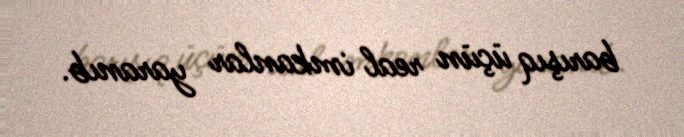
barışıq üçün real imkanlar yaranıb.